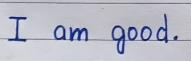
I am good.